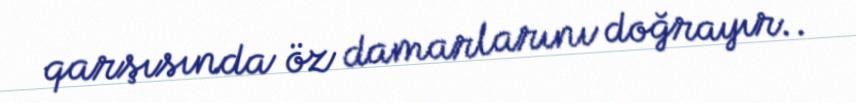
qarşısında öz damarlarını doğrayır..